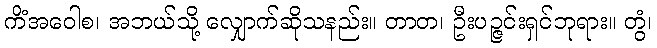
ကိံအဝေါစ၊ အဘယ်သို့ လျှောက်ဆိုသနည်း။ တာတ၊ ဦးပဉ္ဇင်းရှင်ဘုရား။ တွံ၊